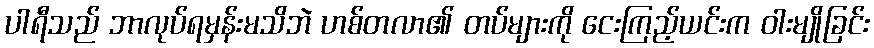
ပါရီသည် ဘာလုပ်ရမှန်းမသိဘဲ ဟစ်တလာ၏ တပ်များကို ငေးကြည့်ယင်းက ဝါးမျိုခြင်း